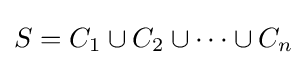
S=C_{1}\cup C_{2}\cup \dots \cup C_{n}